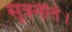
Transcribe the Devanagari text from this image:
सूत्रनेति।